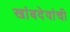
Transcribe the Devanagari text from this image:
खांबदेवांची